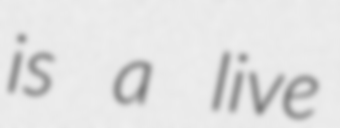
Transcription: is a live